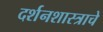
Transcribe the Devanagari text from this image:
दर्शनशास्त्राचे